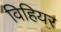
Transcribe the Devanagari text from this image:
विहियर